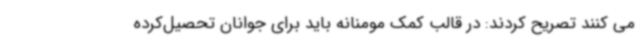
می کنند تصریح کردند: در قالب کمک مومنانه باید برای جوانان تحصیل‌کرده